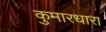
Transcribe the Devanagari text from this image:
कुमारधारा